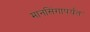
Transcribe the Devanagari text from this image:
मानसिंगापर्यंत